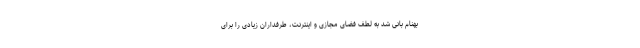
بهنام بانی شد به لطف فضای مجازی و اینترنت، طرفداران زیادی را برای